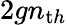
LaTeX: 2gn_{\mathrm th}